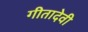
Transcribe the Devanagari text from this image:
गीतादेवी